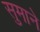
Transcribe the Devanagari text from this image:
सुमाने